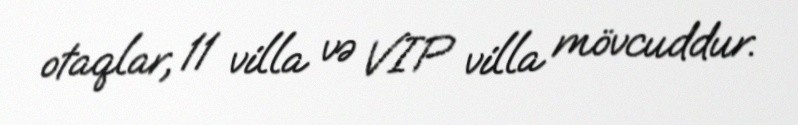
otaqlar, 11 villa və VIP villa mövcuddur.